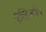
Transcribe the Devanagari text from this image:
एलिजवेथ